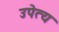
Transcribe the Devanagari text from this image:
उपेत्य